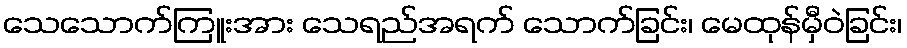
သေသောက်ကြူးအား သေရည်အရက် သောက်ခြင်း၊ မေထုန်မှီဝဲခြင်း၊